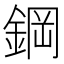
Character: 鋼